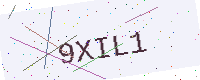
Text: 9XIL1